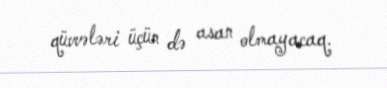
qüvvələri üçün də asan olmayacaq.